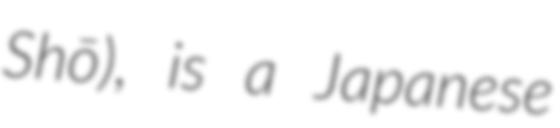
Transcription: Shō), is a Japanese